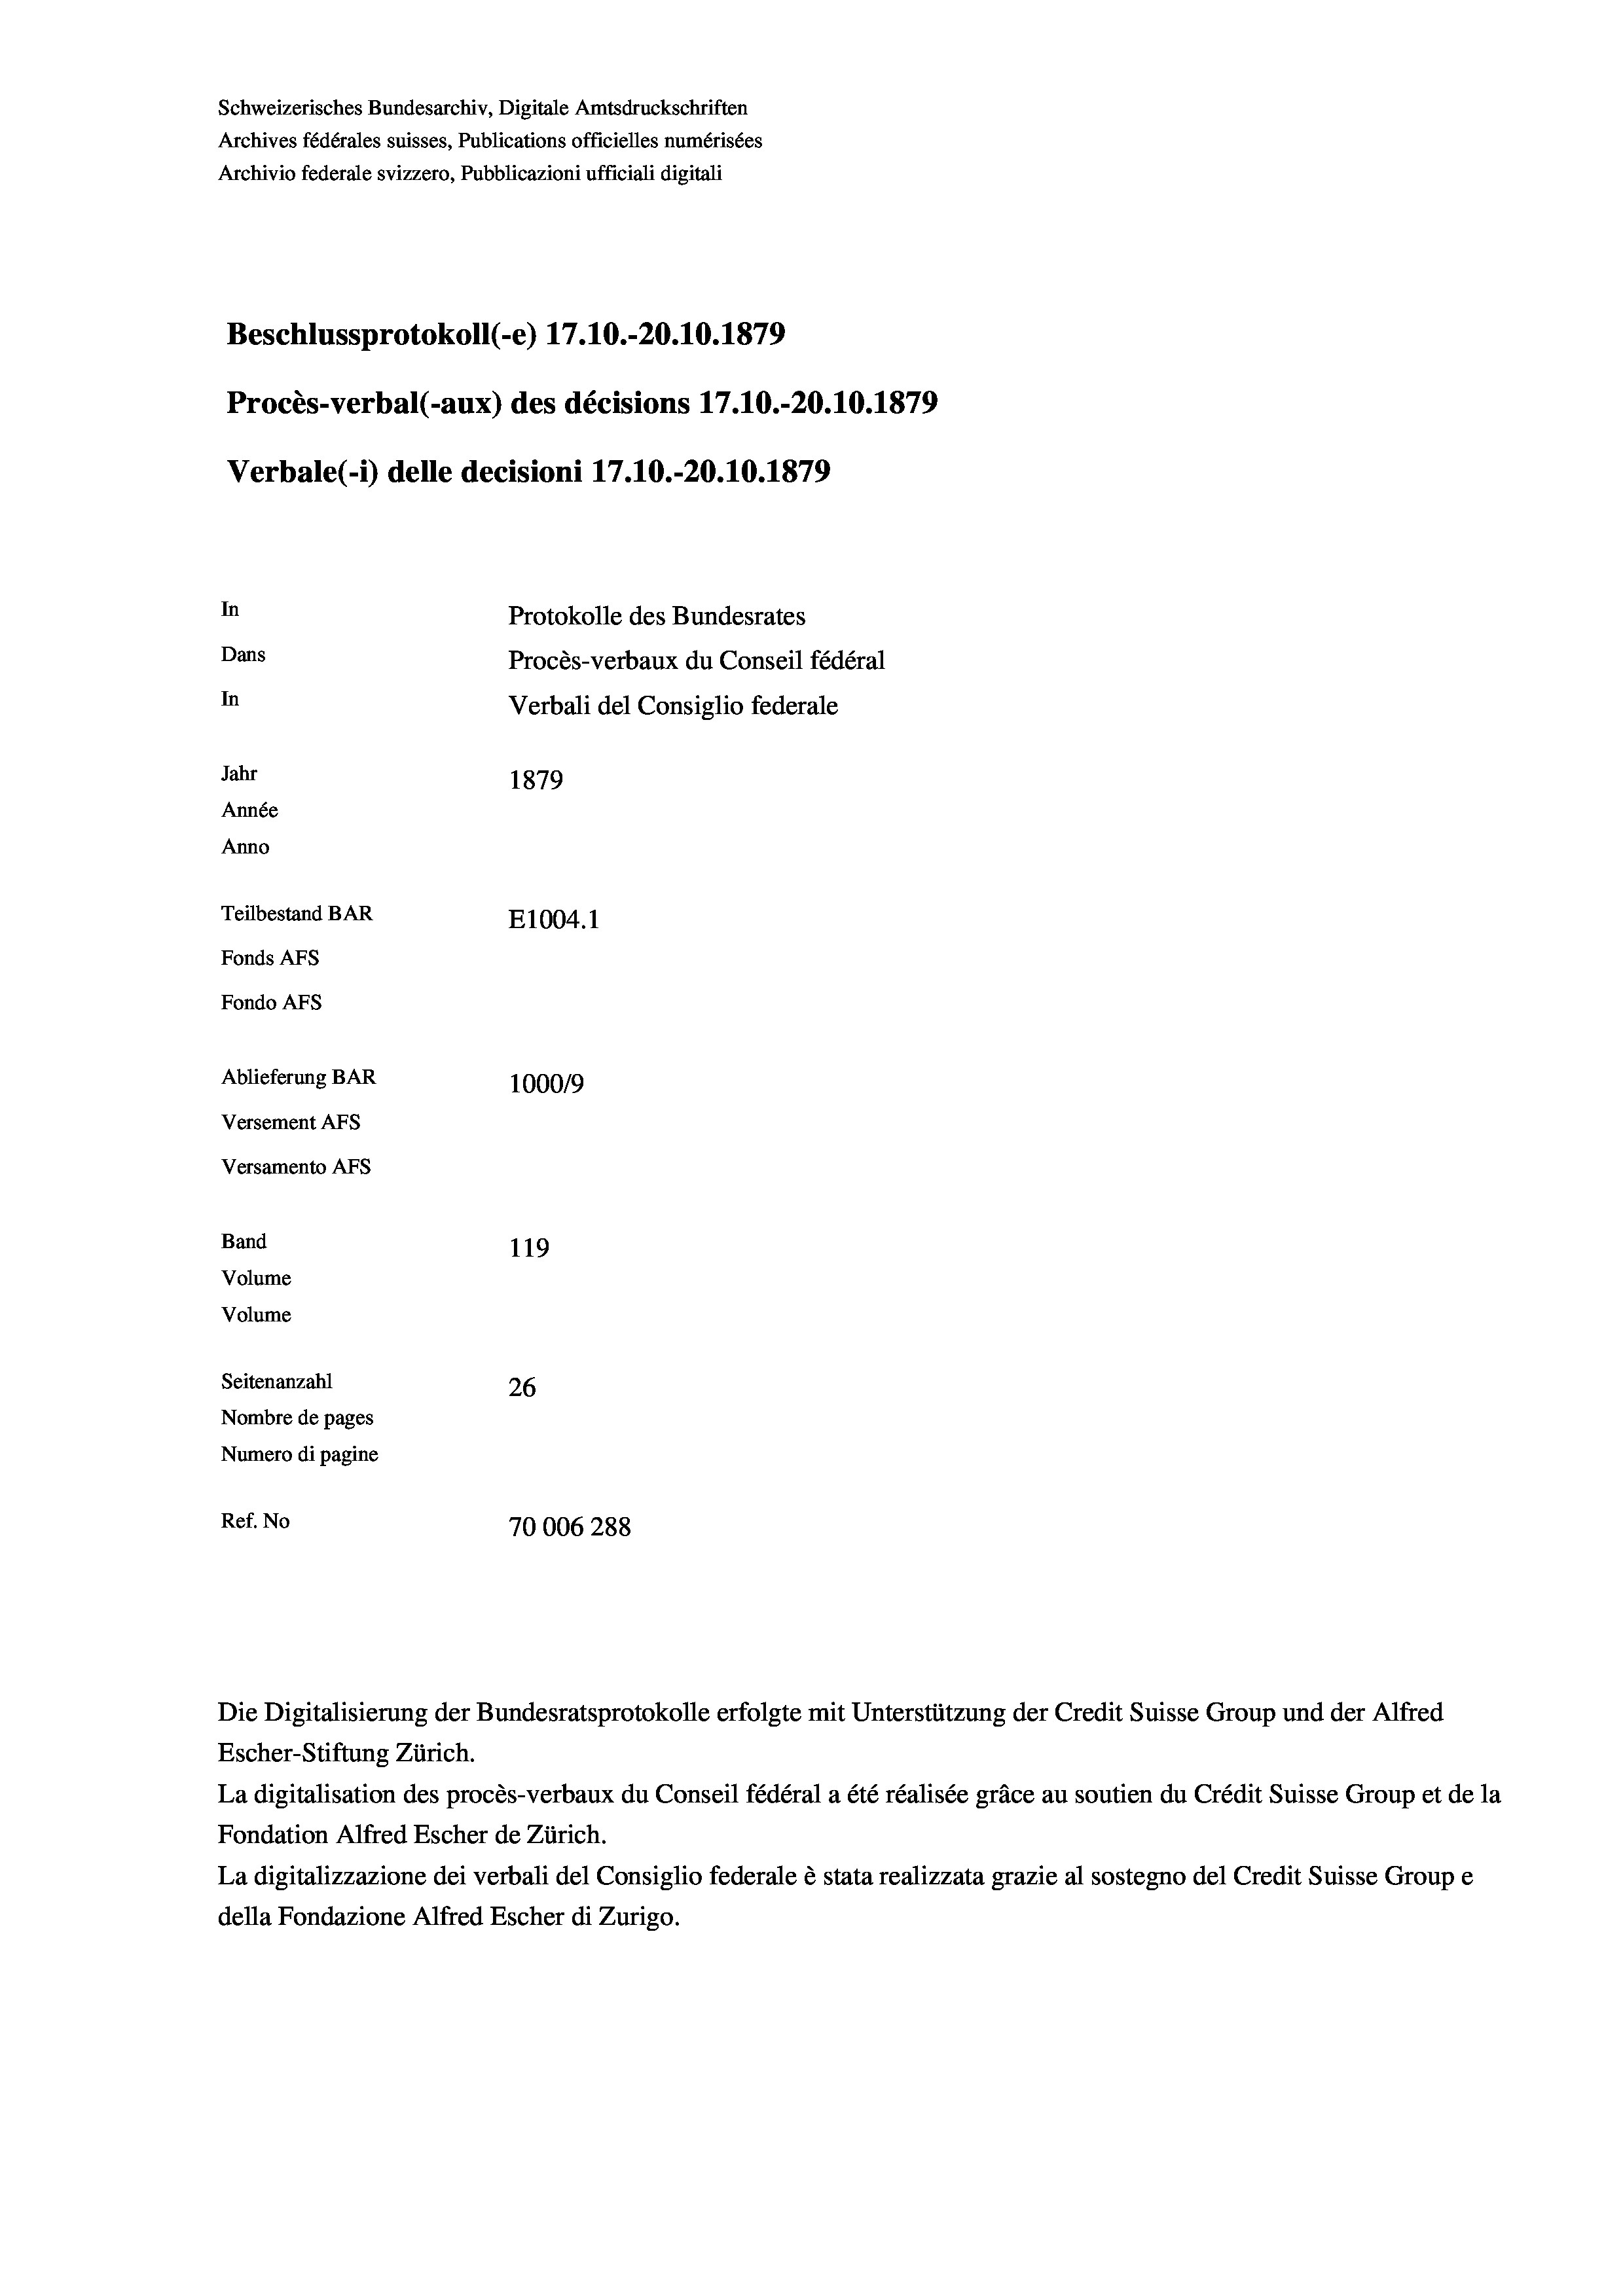
Schweizerisches Bundesarchiv, Digitale Amtsdruckschriften
Archives fédérales suisses, Publications officielles numérisées
Archivio federale svizzero, Pubblicazioni ufficiali digitali
Beschlussprotokoll (-e) 17.10.-20.10.1879
Procès-verbal (-aux) des décisions 17.10.-20.10.1879
Verbale (- 1) delle decisioni 17.10.-20.10.1879
In
Protokolle des Bundesrates
Dans
Procès-verbaux du Conseil fédéral
In
Verbali del Consiglio federale
Jahr
1879
Année
Anno
Teilbestand BAR
E1004.1
Fonds AFs
Fondo AFS
Ablieferung BAR
100019
Versement AFs
Versamento AFs
Band
119
Volume
Volume

Seitenanzahl
26
Nombre de pages
Numero di pagine
Ref. No
70006288

Die Digitalisierung der Bundesratsprotokolle erfolgte mit Unterstützung der Credit Suisse Group und der Alfred
Escher-Stiftung Zürich.
La digitalisation des procès-verbaux du Conseil fédéral a été réalisée gräce au soutien du Crédit Suisse Group et de la
Fondation Alfred Escher de Zürich.
La digitalizzazione dei verbali del Consiglio federale è stata realizzata grazie al sostegno del Credit Suisse Groupe
della Fondazione Alfred Escher di Zurigo.